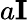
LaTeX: a\mathbf{I}